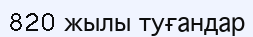
820 жылы туғандар